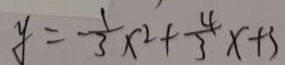
y = - \frac { 1 } { 3 } x ^ { 2 } + \frac { 4 } { 3 } x + 3